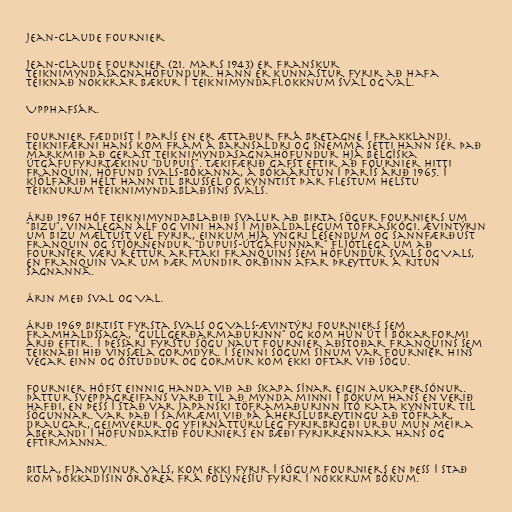
Jean-Claude Fournier

Jean-Claude Fournier (21. mars 1943) er franskur
teiknimyndasagnahöfundur. Hann er kunnastur fyrir að hafa
teiknað nokkrar bækur í teiknimyndaflokknum Sval og Val.

Upphafsár.

Fournier fæddist í París en er ættaður frá Bretagne í Frakklandi.
Teiknifærni hans kom fram á barnsaldri og snemma setti hann sér það
markmið að gerast teiknimyndasagnahöfundur hjá belgíska
útgáfufyrirtækinu "Dupuis". Tækifærið gafst eftir að Fournier hitti
Franquin, höfund Svals-bókanna, á bókaáritun í París árið 1965. Í
kjölfarið hélt hann til Brussel og kynntist þar flestum helstu
teiknurum teiknimyndablaðsins Svals.

Árið 1967 hóf teiknimyndablaðið Svalur að birta sögur Fourniers um
"Bizu", vinalegan álf og vini hans í miðaldalegum töfraskógi. Ævintýrin
um Bizu mæltust vel fyrir, einkum hjá yngri lesendum og sannfærðust
Franquin og stjórnendur "Dupuis-útgáfunnar" fljótlega um að
Fournier væri réttur arftaki Franquins sem höfundur Svals og Vals,
en Franquin var um þær mundir orðinn afar þreyttur á ritun
sagnanna.

Árin með Sval og Val.

Árið 1969 birtist fyrsta Svals og Vals-ævintýri Fourniers sem
framhaldssaga, "Gullgerðarmaðurinn" og kom hún út í bókarformi
árið eftir. Í þessari fyrstu sögu naut Fournier aðstoðar Franquins sem
teiknaði hið vinsæla gormdýr. Í seinni sögum sínum var Fournier hins
vegar einn og óstuddur og Gormur kom ekki oftar við sögu.

Fournier hófst einnig handa við að skapa sínar eigin aukapersónur.
Þáttur Sveppagreifans varð til að mynda minni í bókum hans en verið
hafði, en þess í stað var japanski töframaðurinn Ító Kata kynntur til
sögunnar. Var það í samræmi við þá áherslubreytingu að töfrar,
draugar, geimverur og yfirnáttúruleg fyrirbrigði urðu mun meira
áberandi í höfundartíð Fourniers en bæði fyrirrennara hans og
eftirmanna.

Bitla, fjandvinur Vals, kom ekki fyrir í sögum Fourniers en þess í stað
kom þokkadísin Órórea frá Pólýnesíu fyrir í nokkrum bókum.